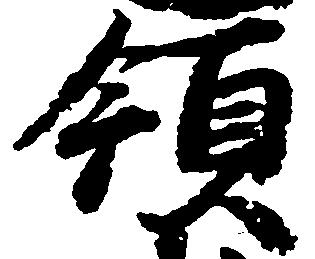
領